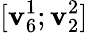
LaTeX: [\mathbf{v}_{6}^{1};\mathbf{v}_{2}^{2}]